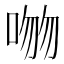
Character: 𪡕